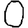
Digit: 0